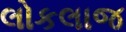
લોકલાજ